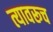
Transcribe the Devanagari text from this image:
त्यावरूच